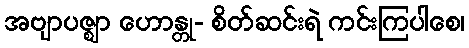
အဗျာပဇ္ဈာ ဟောန္တု- စိတ်ဆင်းရဲ ကင်းကြပါစေ၊